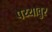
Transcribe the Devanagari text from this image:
पय्यावुर